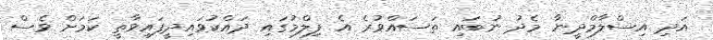
އަދި އިސްލާމްދީނާ މެދު ނުބައި ތަސައްވުރެ އެ ފިލްމުގައި ދައްކުވައިދީފައިވާތީ ކަމަށް ވެސް